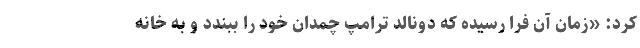
کرد: «زمان آن فرا رسیده که دونالد ترامپ چمدان خود را ببندد و به خانه